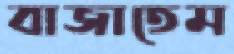
বাজাতেম